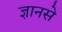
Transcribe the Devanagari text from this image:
ज्ञानसे